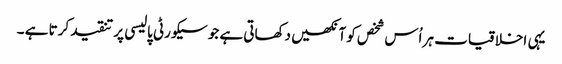
یہی اخلاقیات ہر اُس شخص کو آنکھیں دکھاتی ہے جو سیکورٹی پالیسی پر تنقید کرتا ہے ۔